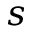
s